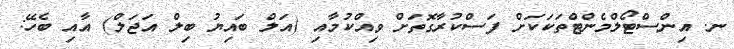
ނ. އިންސްޓޯލްމެންޓްތަކަކަށް ފަސްކުރާގޮތަށް ވިއްކުމާއި (އަލް ބައިޔު ބިލް އަޖަލް) އާއި ބެހޭ: